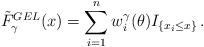
LaTeX: \begin{align*}\tilde{F}^{GEL}_\gamma(x) = \sum_{i=1}^n w^{\gamma}_i(\theta) I_{\{x_i \leq x\}} \,.\end{align*}